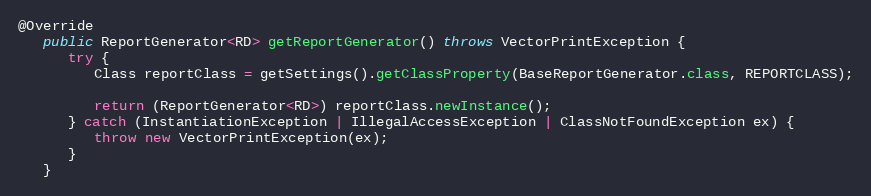
Language: Java
@Override
   public ReportGenerator<RD> getReportGenerator() throws VectorPrintException {
      try {
         Class reportClass = getSettings().getClassProperty(BaseReportGenerator.class, REPORTCLASS);

         return (ReportGenerator<RD>) reportClass.newInstance();
      } catch (InstantiationException | IllegalAccessException | ClassNotFoundException ex) {
         throw new VectorPrintException(ex);
      }
   }